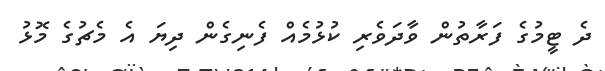
ދެ ޓީމުގެ ފަރާތުން ވާދަވެރި ކުޅުމެއް ފެނިގެން ދިޔަ އެ މެޗުގެ މޮޅު